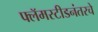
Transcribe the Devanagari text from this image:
फ्लॅमस्टीडनंतरचे